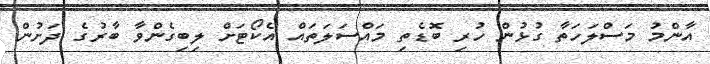
އާންމު މަސްލަހަތާ ގުޅުން ހުރި ބޮޑެތި މައްސަލަތައް އެކޯޓަށް ލިބިގެންވާ ބާރުގެ ދަށުން